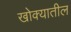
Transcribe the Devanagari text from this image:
खोक्यातील